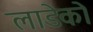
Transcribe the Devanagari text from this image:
लाडेको